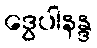
ဒွေပါနန္ဒ